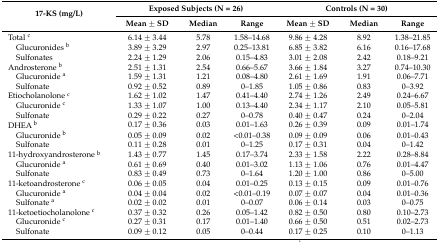
<table><thead><tr><td rowspan="2"><b>17-KS (mg/L)</b></td><td colspan="3"><b>Exposed Subjects (N = 26)</b></td><td colspan="3"><b>Controls (N = 30)</b></td></tr><tr><td><b>Mean ± SD</b></td><td><b>Median</b></td><td><b>Range</b></td><td><b>Mean ± SD</b></td><td><b>Median</b></td><td><b>Range</b></td></tr></thead><tbody><tr><td>Total <sup>c</sup></td><td>6.14 ± 3.44</td><td>5.78</td><td>1.58–14.68</td><td>9.86 ± 4.28</td><td>8.92</td><td>1.38–21.85</td></tr><tr><td> Glucuronides <sup>b</sup></td><td>3.89 ± 3.29</td><td>2.97</td><td>0.25–13.81</td><td>6.85 ± 3.82</td><td>6.16</td><td>0.16–17.68</td></tr><tr><td> Sulfonates</td><td>2.24 ± 1.29</td><td>2.06</td><td>0.15–4.83</td><td>3.01 ± 2.08</td><td>2.42</td><td>0.18–9.21</td></tr><tr><td>Androsterone <sup>b</sup></td><td>2.51 ± 1.31</td><td>2.54</td><td>0.66–5.67</td><td>3.66 ± 1.84</td><td>3.27</td><td>0.74–10.30</td></tr><tr><td> Glucuronide <sup>a</sup></td><td>1.59 ± 1.31</td><td>1.21</td><td>0.08–4.80</td><td>2.61 ± 1.69</td><td>1.91</td><td>0.06–7.71</td></tr><tr><td> Sulfonate</td><td>0.92 ± 0.52</td><td>0.89</td><td>0–1.85</td><td>1.05 ± 0.86</td><td>0.83</td><td>0–3.92</td></tr><tr><td>Etiocholanolone <sup>c</sup></td><td>1.62 ± 1.02</td><td>1.47</td><td>0.41–4.40</td><td>2.74 ± 1.26</td><td>2.49</td><td>0.24–6.67</td></tr><tr><td> Glucuronide <sup>c</sup></td><td>1.33 ± 1.07</td><td>1.00</td><td>0.13–4.40</td><td>2.34 ± 1.17</td><td>2.10</td><td>0.05–5.81</td></tr><tr><td> Sulfonate</td><td>0.29 ± 0.22</td><td>0.27</td><td>0–0.78</td><td>0.40 ± 0.47</td><td>0.24</td><td>0–2.04</td></tr><tr><td>DHEA <sup>b</sup></td><td>0.17 ± 0.36</td><td>0.03</td><td>0.01–1.63</td><td>0.26 ± 0.39</td><td>0.09</td><td>0.01–1.74</td></tr><tr><td> Glucuronide <sup>b</sup></td><td>0.05 ± 0.09</td><td>0.02</td><td>&lt;0.01–0.38</td><td>0.09 ± 0.09</td><td>0.06</td><td>0.01–0.43</td></tr><tr><td> Sulfonate</td><td>0.11 ± 0.28</td><td>0.01</td><td>0–1.25</td><td>0.17 ± 0.31</td><td>0.04</td><td>0–1.42</td></tr><tr><td>11-hydroxyandrosterone <sup>b</sup></td><td>1.43 ± 0.77</td><td>1.45</td><td>0.17–3.74</td><td>2.33 ± 1.58</td><td>2.22</td><td>0.28–8.84</td></tr><tr><td> Glucuronide <sup>a</sup></td><td>0.61 ± 0.69</td><td>0.40</td><td>0.01–3.02</td><td>1.13 ± 1.06</td><td>0.76</td><td>0.01–4.47</td></tr><tr><td> Sulfonate</td><td>0.83 ± 0.49</td><td>0.73</td><td>0–1.64</td><td>1.20 ± 1.00</td><td>0.86</td><td>0–5.00</td></tr><tr><td>11-ketoandrosterone <sup>c</sup></td><td>0.06 ± 0.05</td><td>0.04</td><td>0.01–0.25</td><td>0.13 ± 0.15</td><td>0.09</td><td>0.01–0.76</td></tr><tr><td> Glucuronide <sup>a</sup></td><td>0.04 ± 0.04</td><td>0.02</td><td>&lt;0.01–0.19</td><td>0.07 ± 0.07</td><td>0.04</td><td>0.01–0.36</td></tr><tr><td> Sulfonate <sup>a</sup></td><td>0.02 ± 0.02</td><td>0.01</td><td>0–0.07</td><td>0.06 ± 0.14</td><td>0.03</td><td>0–0.75</td></tr><tr><td>11-ketoetiocholanolone <sup>c</sup></td><td>0.37 ± 0.32</td><td>0.26</td><td>0.05–1.42</td><td>0.82 ± 0.50</td><td>0.80</td><td>0.10–2.73</td></tr><tr><td> Glucuronide <sup>c</sup></td><td>0.27 ± 0.31</td><td>0.17</td><td>0.01–1.40</td><td>0.66 ± 0.50</td><td>0.51</td><td>0.02–2.73</td></tr><tr><td> Sulfonate</td><td>0.09 ± 0.12</td><td>0.05</td><td>0–0.44</td><td>0.17 ± 0.25</td><td>0.10</td><td>0–1.13</td></tr></tbody></table>